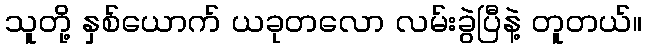
သူတို့ နှစ်ယောက် ယခုတလော လမ်းခွဲပြီနဲ့ တူတယ်။